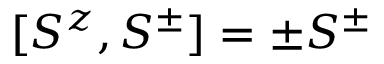
[ S ^ { z } , S ^ { \pm } ] = \pm S ^ { \pm }